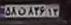
۵۸ن۸۳۶۱۳